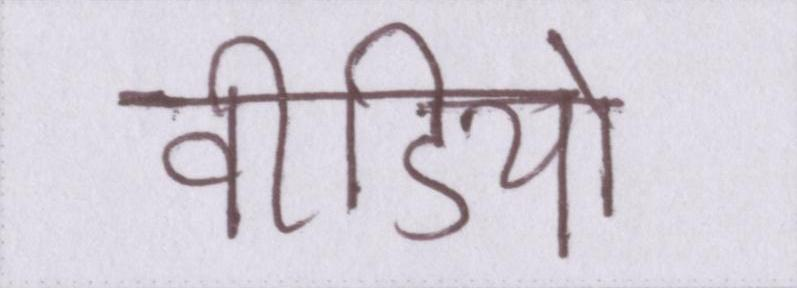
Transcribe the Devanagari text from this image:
वीडियो